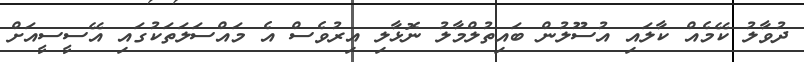
ދުވާލު ކޭމެއް ކާލައި އުސޫލުން ބައިތުލްމާލު ނޮޅާލި އިރުވެސް އެ މައްސަލަަތަކުގައި އޭސީސީއަށް